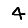
Digit: 4